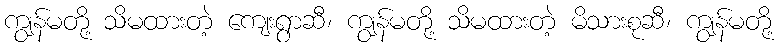
ကျွန်မတို့ သိမထားတဲ့ ကျေးရွာဆီ၊ ကျွန်မတို့ သိမထားတဲ့ မိသားစုဆီ၊ ကျွန်မတို့